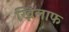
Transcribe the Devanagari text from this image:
ख्निलाफ